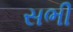
સભી